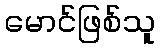
မောင်ဖြစ်သူ